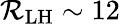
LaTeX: \mathcal{R}_{\mathrm{{LH}}}\sim12